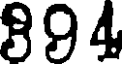
894